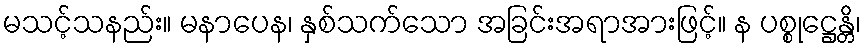
မသင့်သနည်း။ မနာပေန၊ နှစ်သက်သော အခြင်းအရာအားဖြင့်။ န ပစ္စုဋ္ဌေန္တိ၊